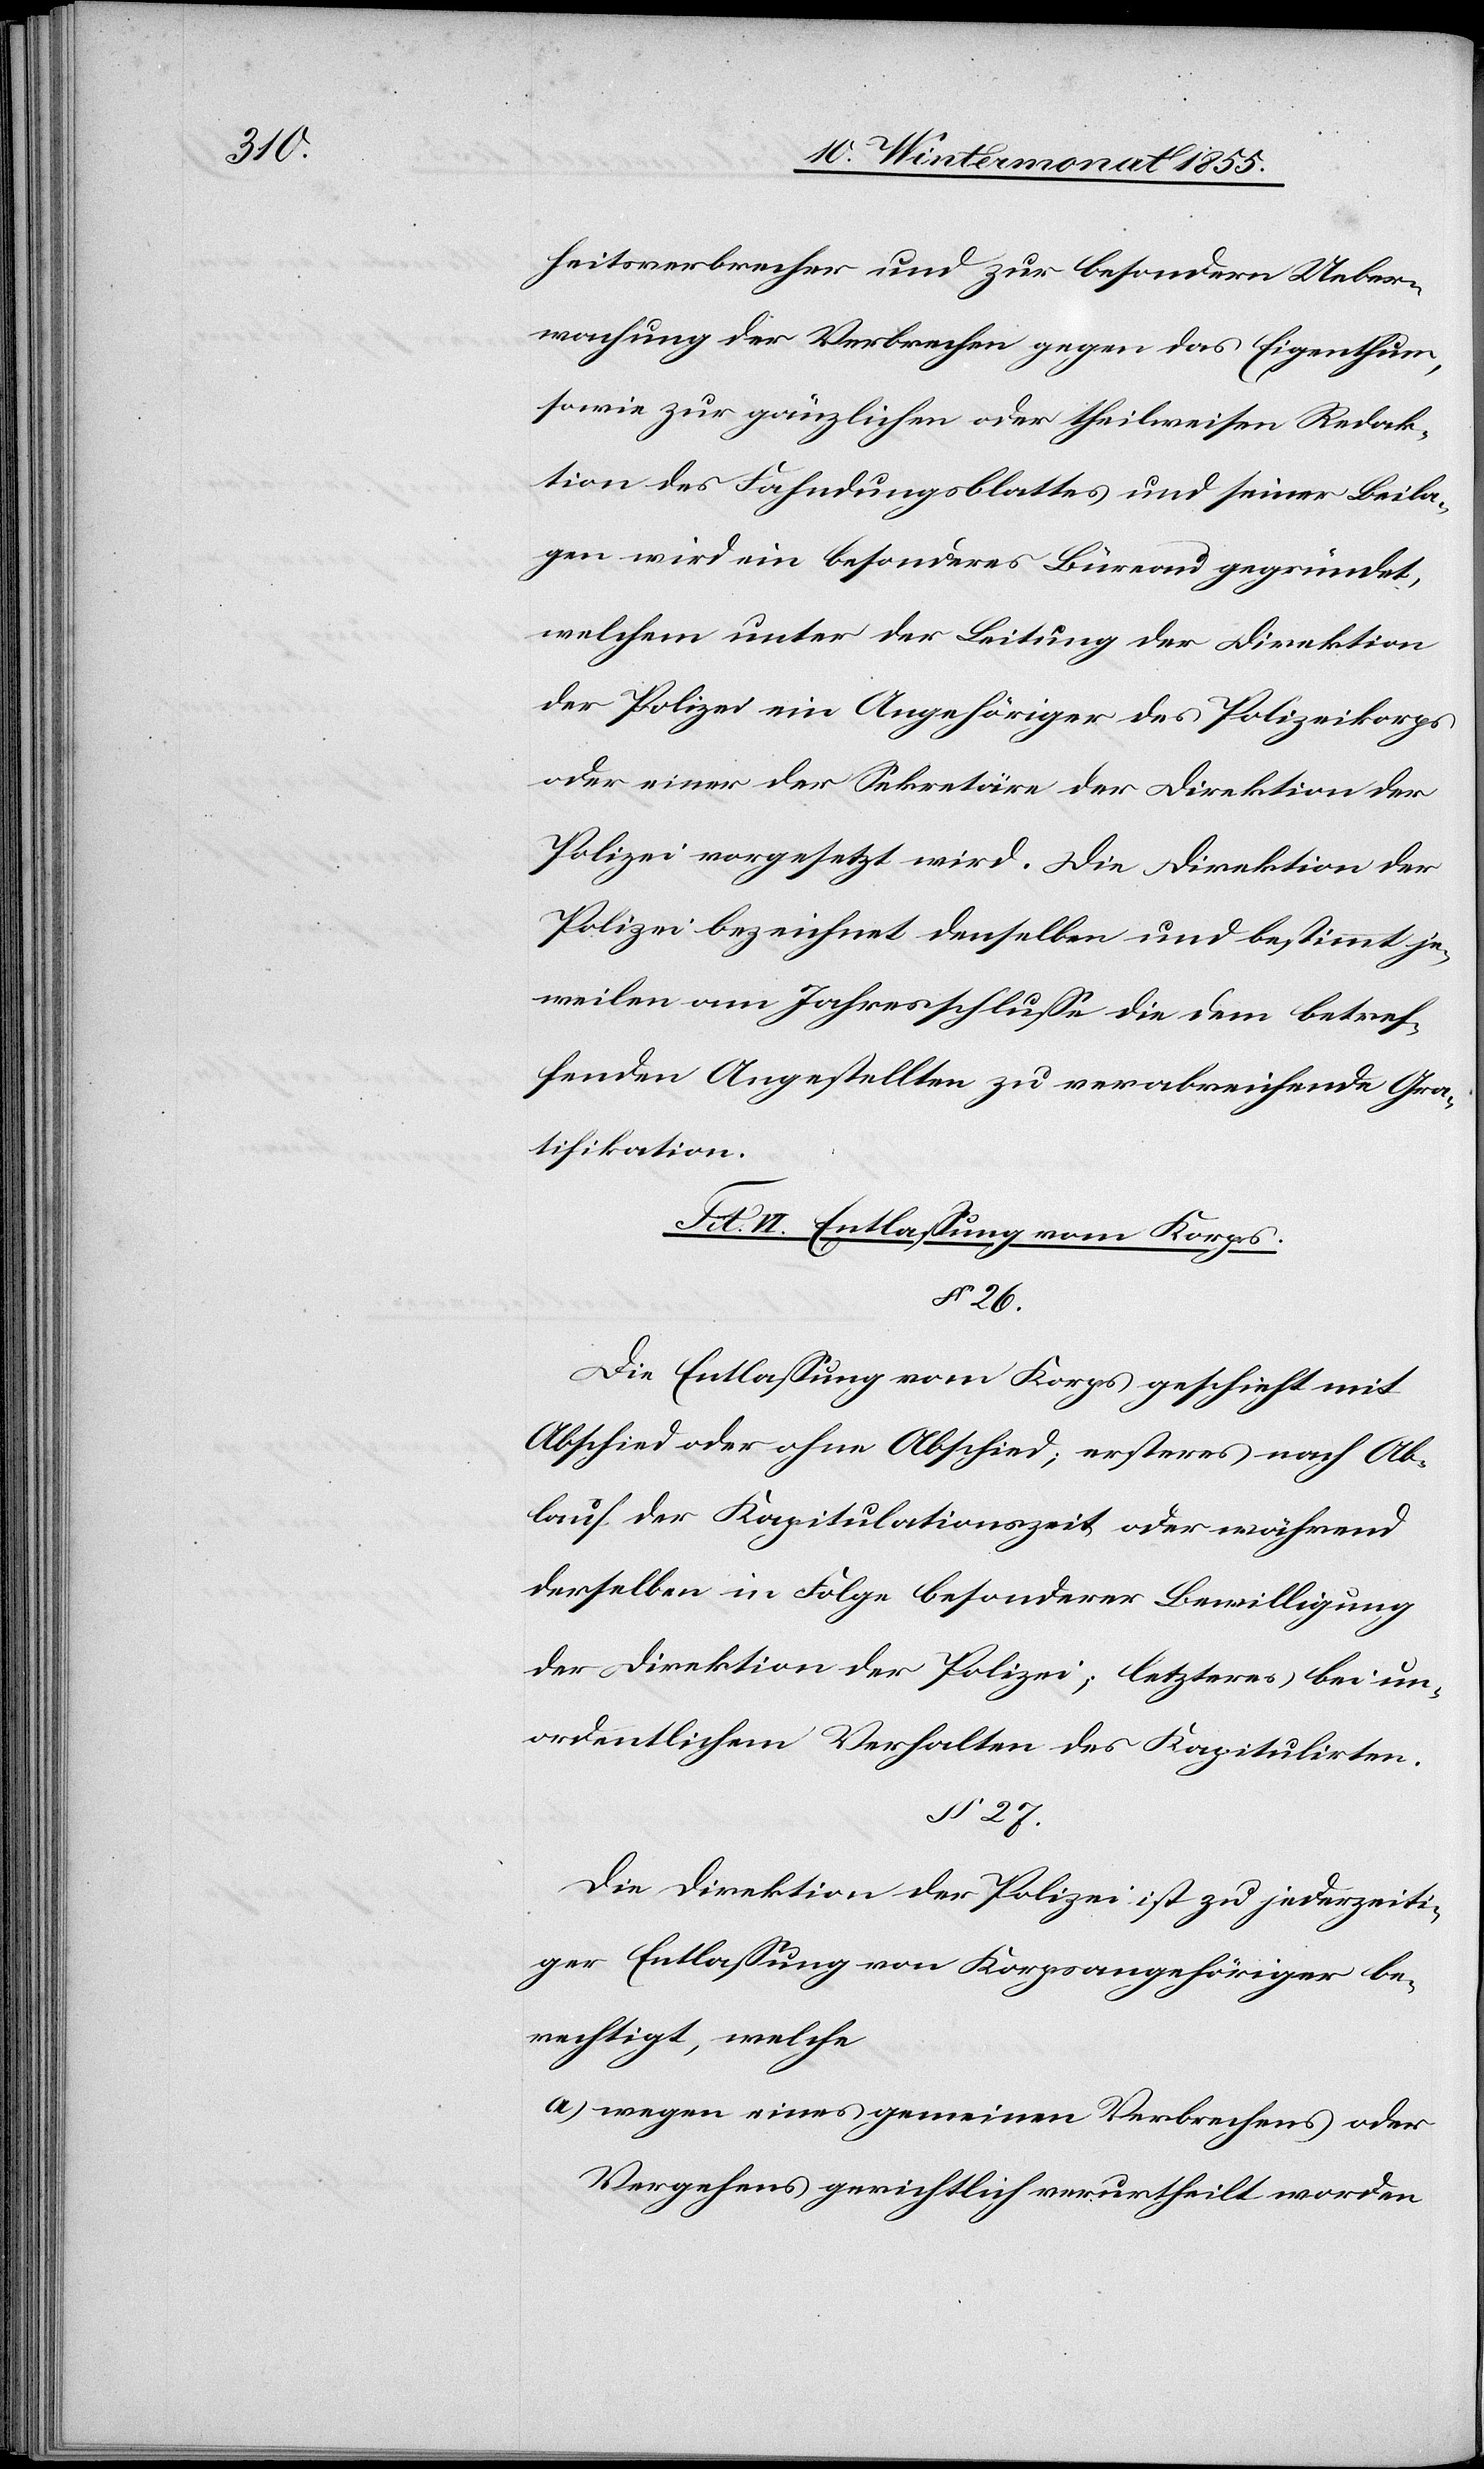
27.

heitsverbrecher und zur besondern Ueber¬
wachung der Verbrechen gegen das Eigenthum,
sowie zur gänzlichen oder theilweisen Redak¬
tion des Fahndungsblattes und seiner Beila¬
gen wird ein besonderes Büreau gegründet,
welchem unter der Leitung der Direktion
der Polizei ein Angehöriger des Polizeikorps
oder einer der Sekretäre der Direktion der
Polizei vorgesetzt wird. Die Direktion der
Polizei bezeichnet denselben und bestimmt je¬
weilen am Jahresschlusse die dem betref¬
fenden Angestellten zu verabreichende Gra¬
tifikation.
Tit. VI. Entlassung vom Korps.
§ 26.
Die Entlassung vom Korps geschieht mit
Abschied oder ohne Abschied; ersteres nach Ab¬
lauf der Kapitulationszeit oder während
derselben in Folge besonderer Bewilligung
der Direktion der Polizei; letzteres bei un¬
ordentlichem Verhalten des Kapitulirten.
Die Direktion der Polizei ist zu jederzeiti¬
ger Entlassung von Korpsangehöriger
berechtigt, welche
wegen eines gemeinen Verbrechens oder
Vergehens gerichtlich verurtheilt worden